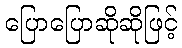
ပြောပြောဆိုဆိုဖြင့်